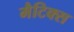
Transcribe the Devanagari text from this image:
मैटिक्स